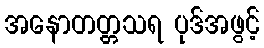
အနောတတ္တသရ ပုဒ်အဖွင့်